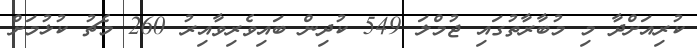
ކުރިއަށްދާ މި މުބާރާތުގައި ޖުމްލަ 549 ކުދިން ބައިވެރިވާއިރު 260 މެޗު ކުޅުމަށް